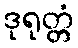
ဒုရုတ္တံ